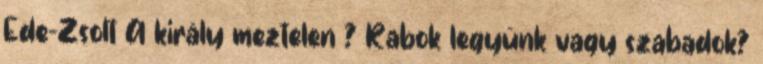
Ede-Zsolt A király meztelen ? Rabok legyünk vagy szabadok?